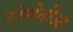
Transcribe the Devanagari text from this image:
रोमेनीआ